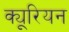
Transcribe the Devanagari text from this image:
क्यूरियन